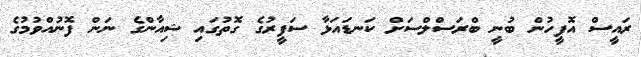
ރައީސް އޮފީހުން ބުނީ ބްރަސްލްސަށް ކަނޑައަޅާ ސަފީރުގެ ގޮތުގައި ޝިއާންގެ ނަން ފޮނުއްވުމުގެ